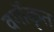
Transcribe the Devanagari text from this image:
वर्गॊकृत